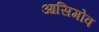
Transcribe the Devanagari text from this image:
आसिमोव